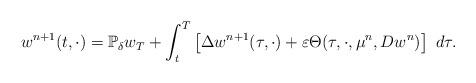
LaTeX: \begin{align*}w^{n+1}(t,\cdot)=\mathbb{P}_{\delta}w_{T}+\int_{t}^{T}\left[\Delta w^{n+1}(\tau,\cdot)+\varepsilon\Theta(\tau,\cdot,\mu^{n},Dw^{n})\right]\ d\tau.\end{align*}